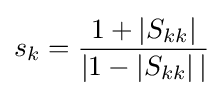
s_{k}={\frac {1+\left|S_{kk}\right|}{|1-\left|S_{kk}\right||}}